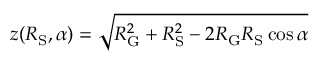
z ( R _ { \mathrm { S } } , \alpha ) = \sqrt { R _ { \mathrm { G } } ^ { 2 } + R _ { \mathrm { S } } ^ { 2 } - 2 R _ { \mathrm { G } } R _ { \mathrm { S } } \cos \alpha }